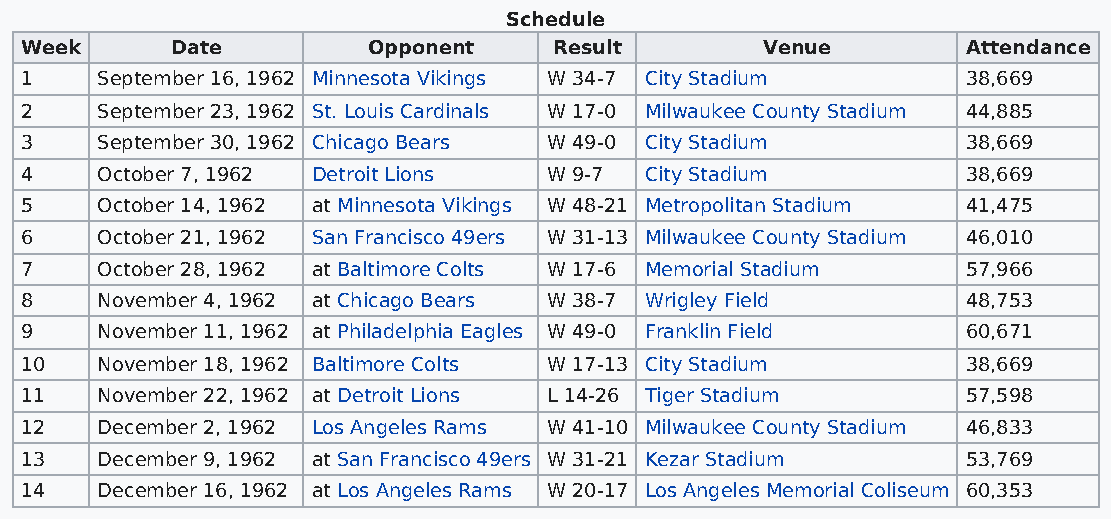
Schedule
 Week      Date         Opponent     Result       Venue         Attendance
 1    September 16, 1962 Minnesota Vikings W 34-7 City Stadium  38,669
 2    September 23, 1962 St. Louis Cardinals W 17-0 Milwaukee County Stadium 44,885
 3    September 30, 1962 Chicago Bears W 49-0 City Stadium      38,669
 4    October 7, 1962 Detroit Lions W 9-7  City Stadium         38,669
 5    October 14, 1962 at Minnesota Vikings W 48-21 Metropolitan Stadium 41,475
 6    October 21, 1962 San Francisco 49ers W 31-13 Milwaukee County Stadium 46,010
 7    October 28, 1962 at Baltimore Colts W 17-6 Memorial Stadium 57,966
 8    November 4, 1962 at Chicago Bears W 38-7 Wrigley Field    48,753
 9    November 11, 1962 at Philadelphia Eagles W 49-0 Franklin Field 60,671
 10   November 18, 1962 Baltimore Colts W 17-13 City Stadium    38,669
 11   November 22, 1962 at Detroit Lions L 14-26 Tiger Stadium  57,598
 12   December 2, 1962 Los Angeles Rams W 41-10 Milwaukee County Stadium 46,833
 13   December 9, 1962 at San Francisco 49ers W 31-21 Kezar Stadium 53,769
 14   December 16, 1962 at Los Angeles Rams W 20-17 Los Angeles Memorial Coliseum 60,353